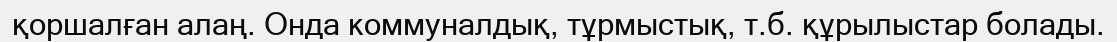
қоршалған алаң. Онда коммуналдық, тұрмыстық, т.б. құрылыстар болады.